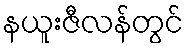
နယူးဇီလန်တွင်